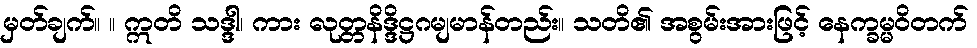
မှတ်ချက်။ ။ ဣတိ သဒ္ဒါ၊ ကား လုတ္တနိဒ္ဒိဋ္ဌဂမျမာန်တည်း။ သတိ၏ အစွမ်းအားဖြင့် နေက္ခမ္မဝိတက်